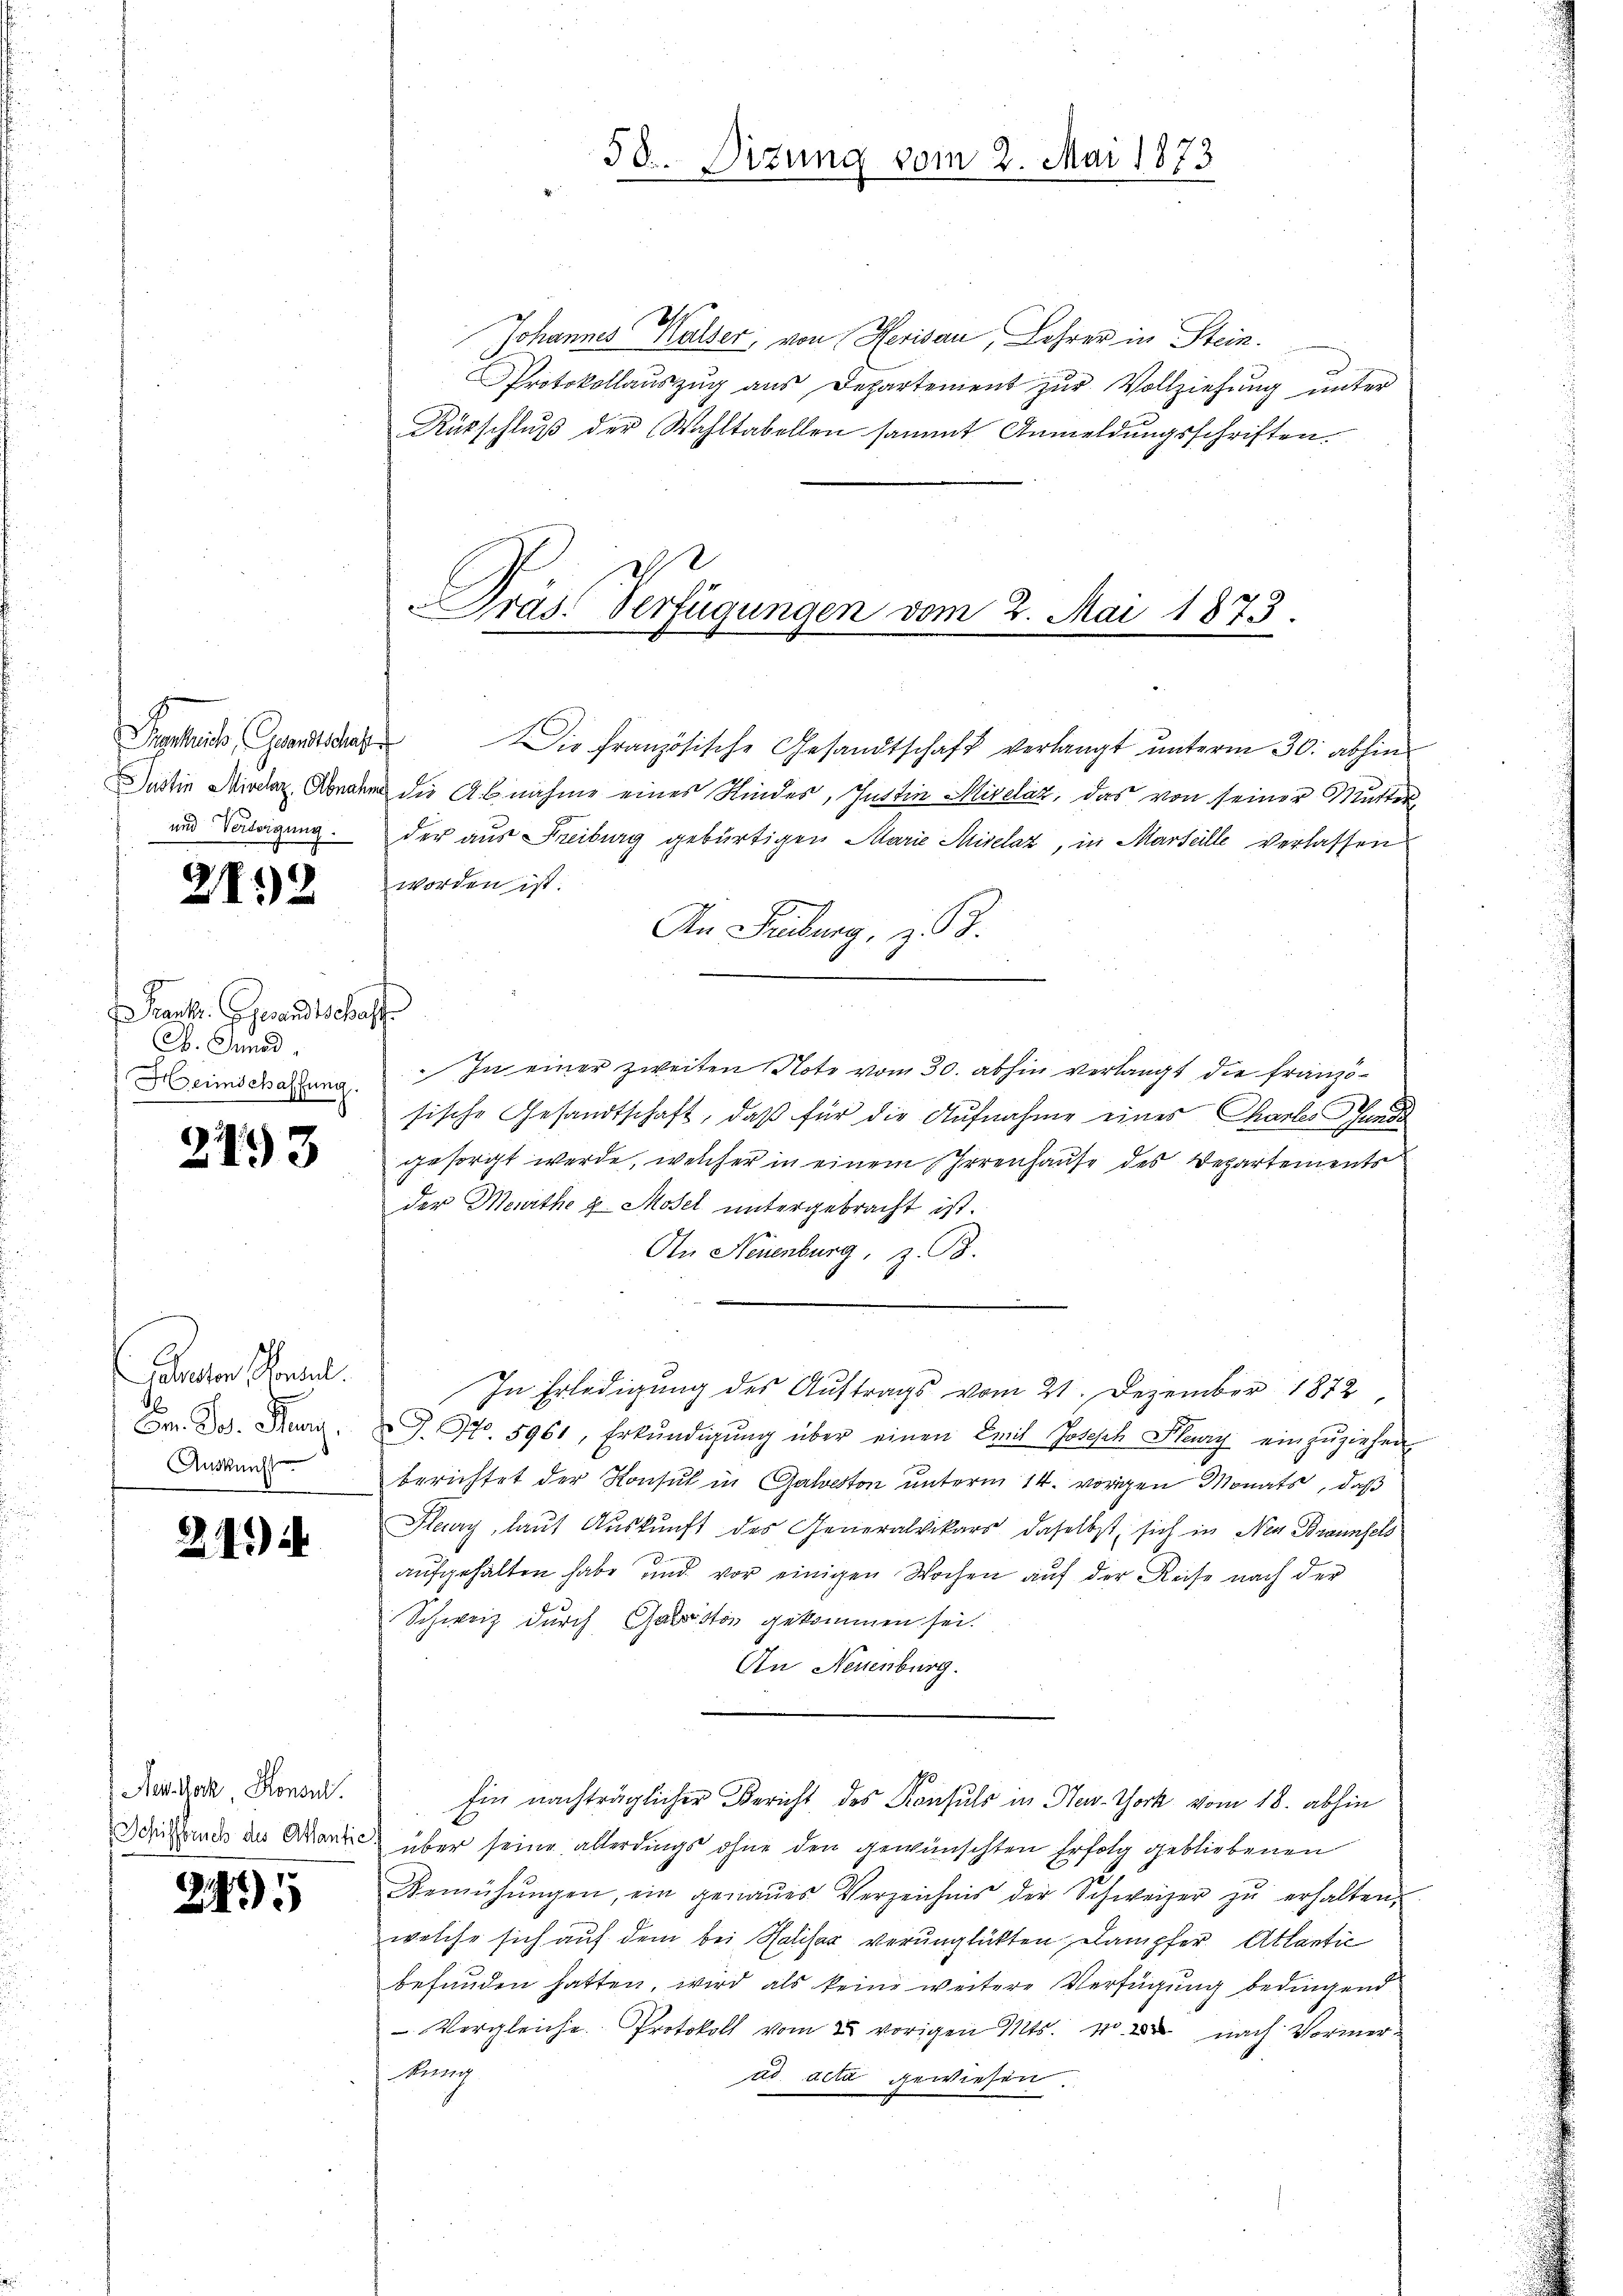
und Vertigung.

2132

Pank. Gesandtschaff
B. Innod,
Herinschaffung.

2193

auctor Handel.
Br. Jos. Jan.
Auskunft

24.)

New lock, Konsul
 Schiffbruch des Atlantic

2405

50. Sizung vom 2. Mai 1873

Johannes Halser, von Herisau, Lehrer in Stein.
Protokollaŭszŭg aŭs Departement zŭr Vollziehŭng ŭnter
Rükschluß der Wahltabellen sammt Anmeldungsschriften.

Präs. Verfügungen vom 2. Mai 1873.

Prgthes Grandtsches Die Französische Gesandtschaft verlangt ŭnterm 30. abhin
attin Minder. Donnen die Abnahme eines Kinder, Justin Miselaz, das von seiner Mutter
der aus Freiburg gebürtigen Marie Miselaz, in Marteille Verlassen
worden ist.
An Freiburg, z. B.
In einer zweiten Note vom 30. abhin verlangt die Französische Gesandtschaft, daß für die Aufnahme eines Chartes Funda
gesorgt werde, welcher in einem Irrenhause des Departements
der Meurthe z. Moser untergebracht ist.
An Neuenburg, z. B.
T. No. 5961, Erkŭndigŭng über einen Emil Joseph Flury einzŭziehen
berichtet der Konsul in Galveston unterm 14. vorigen Monats, daß
Flury, laut Auskunft des Generalvikars daselbst, sich in Neu Braunhols
aufgehalten habe und vor einigen Wochen auf der Reise nach der
Schweiz durch Gabstos gekommen sei.
An Neuenburg.
Ein nachträglicher Bericht des Konsuls in New-York vom 18. abhin
über seine allerdings ohne den gewünschten Erfolg gebliebenen
Bemühŭngen, ein genaŭes Verzeichnis der Schweizer zŭ erhalten,
welche sich auf dem bei Salisaz verunglückten Dampfer Atlantić
befunden hatten, wird als keine weitere Verfügung bedingend
Vergleiche Protokoll vom 2. vorigen Mts. w. nach Vormer¬
Hengg
dd acta gewiesen.

In Erledigung des Auftrags vom 21. Dezember 1872